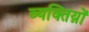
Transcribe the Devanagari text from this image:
व्यक्तिय़ों